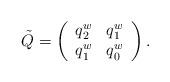
LaTeX: \begin{align*} \tilde Q = \left( \begin{array}{cc}q_2^w & q_1^w \\q_1^w & q_0^w \end{array} \right).\end{align*}